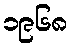
၁၉၆၈